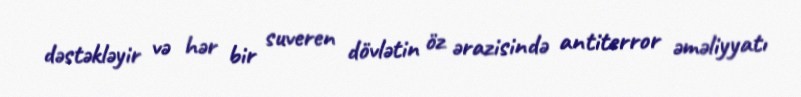
dəstəkləyir və hər bir suveren dövlətin öz ərazisində antiterror əməliyyatı